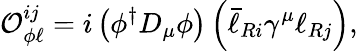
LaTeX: {\cal O}_{\phi\ell}^{ij}=i\left(\phi^{\dagger}D_{\mu}\phi\right)\left(\bar{\ell}_{Ri}\gamma^{\mu}\ell_{Rj}\right),